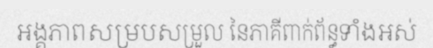
អង្គភាពសម្របសម្រួល នៃភាគីពាក់ព័ន្ធទាំងអស់